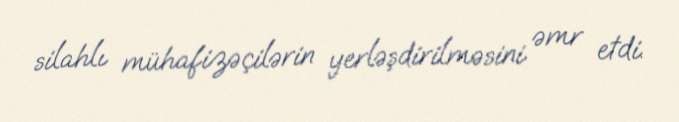
silahlı mühafizəçilərin yerləşdirilməsini əmr etdi.